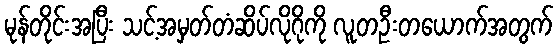
မုန်တိုင်းအပြီး သင့်အမှတ်တံဆိပ်လိုဂိုကို လူတဦးတယောက်အတွက်